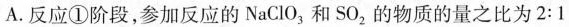
A.反应①阶段，参加反应的NaClO_{3}和SO_{2}的物质的量之比为2:1